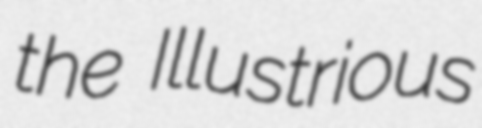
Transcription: the Illustrious